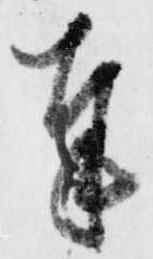
奉